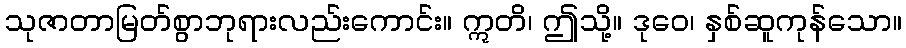
သုဇာတာမြတ်စွာဘုရားလည်းကောင်း။ ဣတိ၊ ဤသို့။ ဒုဝေ၊ နှစ်ဆူကုန်သော။